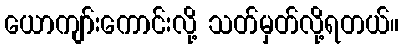
ယောကျာ်းကောင်းလို့ သတ်မှတ်လို့ရတယ်။